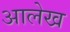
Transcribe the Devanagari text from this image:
अालेख